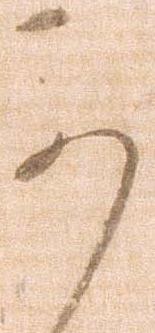
可